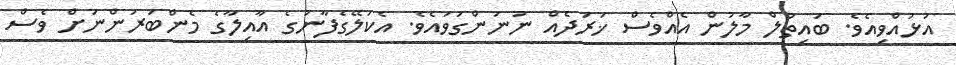
އުޅުއްވިއެވެ. ބައިތުލް މާލުން އެއްވެސް ޚަރަދެއް ނުނަންގަވައެވެ. އެކަލޭގެފާނުގެ އާއިލާގެ މެންބަރުންނަށް ވެސް